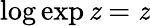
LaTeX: \log\exp\mathit{z}=\mathit{z}